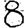
Digit: 8